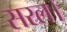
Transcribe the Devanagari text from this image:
सरल।